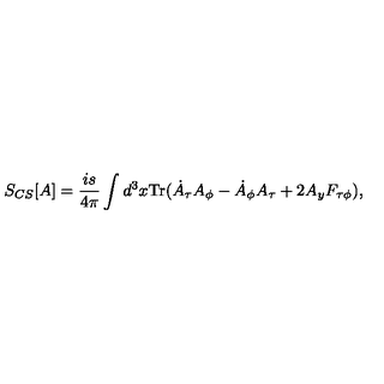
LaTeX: S _ { C S } [ A ] = \frac { i s } { 4 \pi } \int d ^ { 3 } x { \mathrm { T r } } ( \dot { A } _ { \tau } A _ { \phi } - \dot { A } _ { \phi } A _ { \tau } + 2 A _ { y } F _ { \tau \phi } ) ,